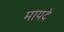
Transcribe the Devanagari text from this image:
मायदे